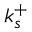
k _ { s } ^ { + }